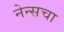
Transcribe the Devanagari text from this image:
नेन्सचा